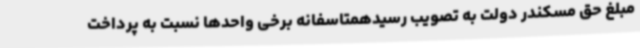
مبلغ حق مسکندر دولت به تصویب رسیدهمتاسفانه برخی واحدها نسبت به پرداخت